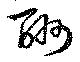
酬